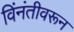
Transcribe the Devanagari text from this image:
विंनंतीवरून